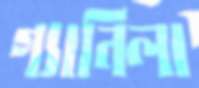
গ্যানিলা